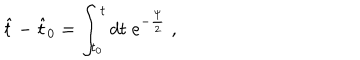
\hat { t } - \hat { t } _ { 0 } = \int _ { t _ { 0 } } ^ { t } d t \; e ^ { - \frac { \psi } { 2 } } \; ,